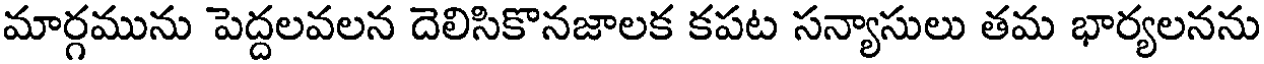
మార్గమును పెద్దలవలన దెలిసికొనజాలక కపట సన్యాసులు తమ భార్యలనను